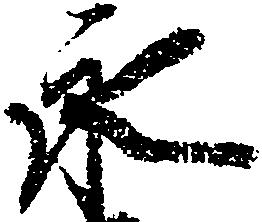
永